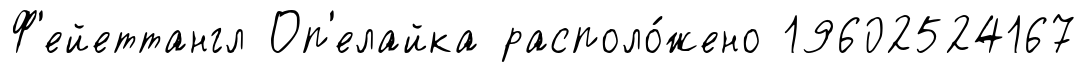
Ф'ейеттангл Оп'елайка располо́жено 19602524167